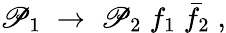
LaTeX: \mathscr{P}_{1}\; \to\; \mathscr{P}_{2}\; f_{1}\; \bar{{f}}_{2}\; ,